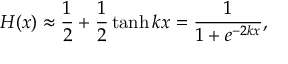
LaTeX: H ( x ) \approx { \frac { 1 } { 2 } } + { \frac { 1 } { 2 } } \operatorname { t a n h } k x = { \frac { 1 } { 1 + e ^ { - 2 k x } } } ,